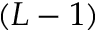
( L - 1 )